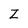
Character: Z